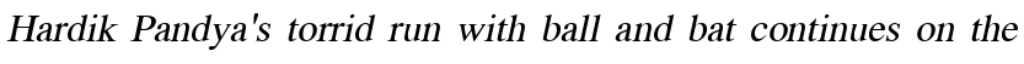
Hardik Pandya's torrid run with ball and bat continues on the